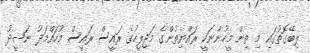
ލިބޭގޮތުގައި މި ތިން މީހުންނަކީ ރައްޔިތުންގެ މަޖިލީހުގެ ރައީސް ރައީސް މުހައްމަދު ނަޝީދު